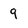
Character: 9